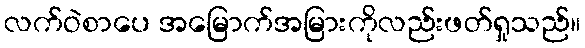
လက်ဝဲစာပေ အမြောက်အမြားကိုလည်းဖတ်ရှုသည်။